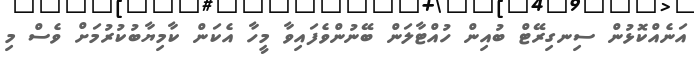
އަނެއްކޮޅުން ސިނގިރޭޓް ބުއިން ހުއްޓާލަން ބޭނުންވެފައިވާ މީހާ އެކަން ކާމިޔާބުކުރުމަށް ވެސް މި